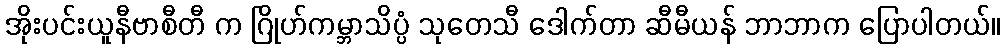
အိုးပင်းယူနီဗာစီတီ က ဂြိုဟ်ကမ္ဘာသိပ္ပံ သုတေသီ ဒေါက်တာ ဆီမီယန် ဘာဘာက ပြောပါတယ်။